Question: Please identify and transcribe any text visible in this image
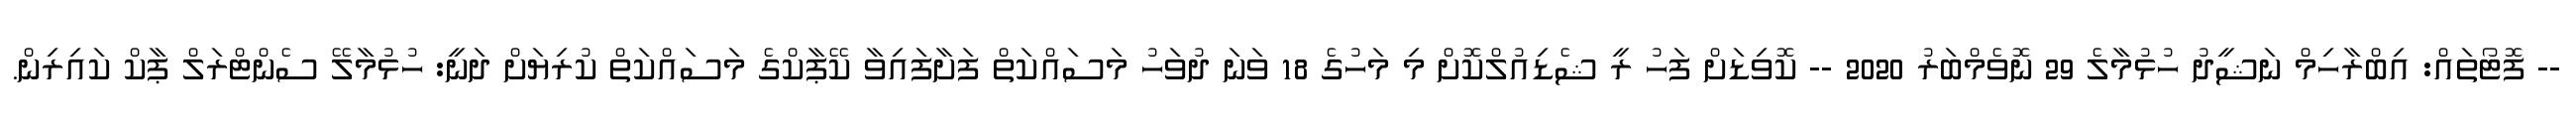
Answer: -- ފޮޓޯތައް: އިބްރާހިމް ނަޝީދު ހުޅުމާލެ 29 ނޮވެމްބަރު 2020 -- ކޮވިޑަށް ފަހު ރީ ޝެޑިއުލްކޮށް މި މަހުގެ 18 ވަނަ ދުވަހު މަސައްކަތް ފަށާފައިވާ ކޭޕާކްގެ މަސައްކަތް ކުރިޔަށް ދަނީ: ހުޅުމާލޭ ސެންޓްރަލް ޕާކް ކައިރިން.